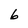
Character: 6